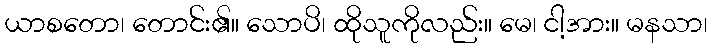
ယာစတော၊ တောင်း၏။ သောပိ၊ ထိုသူကိုလည်း။ မေ၊ ငါ့အား။ မနသာ၊